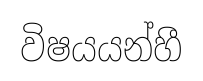
විෂයයන්හී